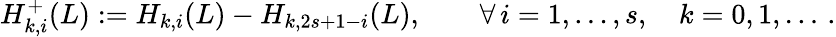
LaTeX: H_{k,i}^{+}(L):=H_{k,i}(L)-H_{k,2s+1-i}(L),\qquad\forall\, i=1,\ldots,s,\quad k=0,1,\ldots\, .